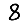
Digit: 8